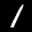
Label: 1